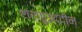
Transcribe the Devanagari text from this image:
शर्फुउद्दीन